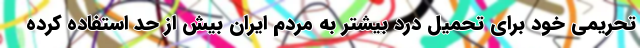
تحریمی خود برای تحمیل درد بیشتر به مردم ایران بیش از حد استفاده کرده